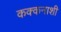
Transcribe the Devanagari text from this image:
कक्कनाशी